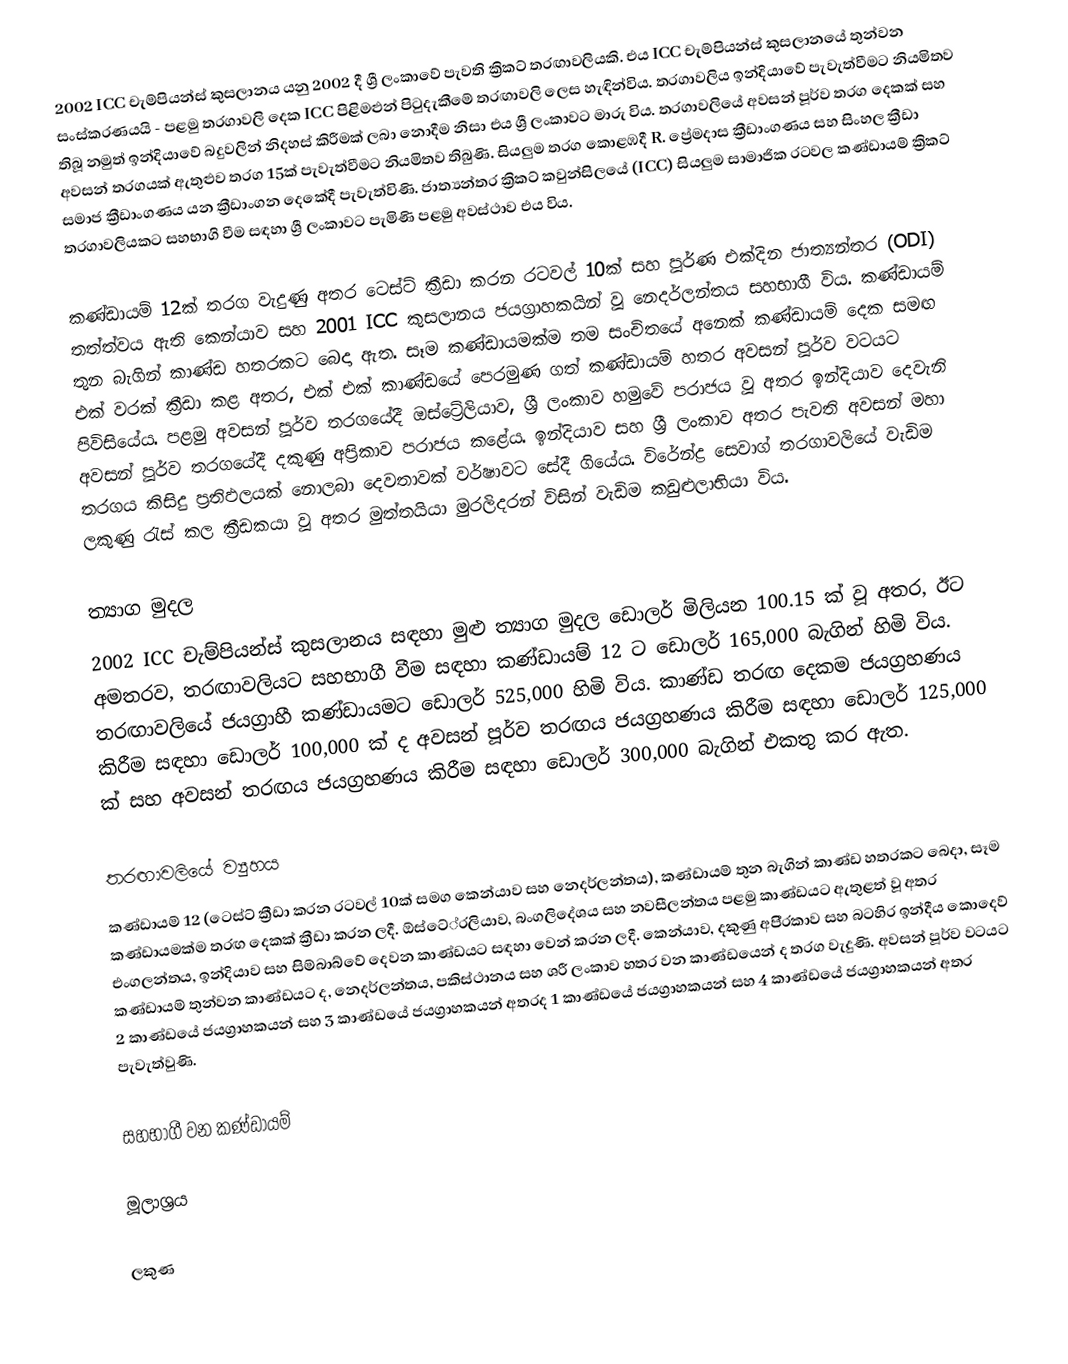
2002 ICC චැම්පියන්ස් කුසලානය යනු 2002 දී ශ්‍රී ලංකාවේ පැවති ක්‍රිකට් තරඟාවලියකි. එය ICC චැම්පියන්ස් කුසලානයේ තුන්වන සංස්කරණයයි - පළමු තරගාවලි දෙක ICC පිළිමළුන් පිටුදැකීමේ තරඟාවලි ලෙස හැඳින්විය. තරගාවලිය ඉන්දියාවේ පැවැත්වීමට නියමිතව තිබූ නමුත් ඉන්දියාවේ බදුවලින් නිදහස් කිරීමක් ලබා නොදීම නිසා එය ශ්‍රී ලංකාවට මාරු විය. තරගාවලියේ අවසන් පූර්ව තරග දෙකක් සහ අවසන් තරගයක් ඇතුළුව තරග 15ක් පැවැත්වීමට නියමිතව තිබුණි. සියලුම තරග කොළඹදී R. ප්‍රේමදාස ක්‍රීඩාංගණය සහ සිංහල ක්‍රීඩා සමාජ ක්‍රීඩාංගණය යන ක්‍රීඩාංගන දෙකේදී පැවැත්විණි. ජාත්‍යන්තර ක්‍රිකට් කවුන්සිලයේ (ICC) සියලුම සාමාජික රටවල කණ්ඩායම් ක්‍රිකට් තරගාවලියකට සහභාගි වීම සඳහා ශ්‍රී ලංකාවට පැමිණි පළමු අවස්ථාව එය විය.

කණ්ඩායම් 12ක් තරග වැදුණු අතර ටෙස්ට් ක්‍රීඩා කරන රටවල් 10ක් සහ පූර්ණ එක්දින ජාත්‍යන්තර (ODI) තත්ත්වය ඇති කෙන්යාව සහ 2001 ICC කුසලානය ජයග්‍රාහකයින් වූ නෙදර්ලන්තය සහභාගී විය. කණ්ඩායම් තුන බැගින් කාණ්ඩ හතරකට බෙදා ඇත. සෑම කණ්ඩායමක්ම තම සංචිතයේ අනෙක් කණ්ඩායම් දෙක සමඟ එක් වරක් ක්‍රීඩා කළ අතර, එක් එක් කාණ්ඩයේ පෙරමුණ ගත් කණ්ඩායම් හතර අවසන් පූර්ව වටයට පිවිසියේය. පළමු අවසන් පූර්ව තරගයේදී ඔස්ට්‍රේලියාව, ශ්‍රී ලංකාව හමුවේ පරාජය වූ අතර ඉන්දියාව දෙවැනි අවසන් පූර්ව තරගයේදී දකුණු අප්‍රිකාව පරාජය කළේය. ඉන්දියාව සහ ශ්‍රී ලංකාව අතර පැවති අවසන් මහා තරගය කිසිදු ප්‍රතිඵලයක් නොලබා දෙවතාවක් වර්ෂාවට සේදී ගියේය. විරේන්ද්‍ර සෙවාග් තරගාවලියේ වැඩිම ලකුණු රැස් කල ක්‍රීඩකයා වූ අතර මුත්තයියා මුරලිදරන් විසින් වැඩිම කඩුළුලාභියා විය.

ත්‍යාග මුදල
2002 ICC චැම්පියන්ස් කුසලානය සඳහා මුළු ත්‍යාග මුදල ඩොලර් මිලියන 100.15 ක් වූ අතර, ඊට අමතරව, තරඟාවලියට සහභාගී වීම සඳහා කණ්ඩායම් 12 ට ඩොලර් 165,000 බැගින් හිමි විය. තරඟාවලියේ ජයග්‍රාහී කණ්ඩායමට ඩොලර් 525,000 හිමි විය. කාණ්ඩ තරඟ දෙකම ජයග්‍රහණය කිරීම සඳහා ඩොලර් 100,000 ක් ද අවසන් පූර්ව තරඟය ජයග්‍රහණය කිරීම සඳහා ඩොලර් 125,000 ක් සහ අවසන් තරඟය ජයග්‍රහණය කිරීම සඳහා ඩොලර් 300,000 බැගින් එකතු කර ඇත.

තරඟාවලියේ ව්‍යුහය
කණ්ඩායම් 12 (ටෙස්ට් ක්‍රීඩා කරන රටවල් 10ක් සමග කෙන්යාව සහ නෙදර්ලන්තය), කණ්ඩායම් තුන බැගින් කාණ්ඩ හතරකට බෙදා, සෑම කණ්ඩායමක්ම තරඟ දෙකක් ක්‍රීඩා කරන ලදී. ඕස්ටේ‍්‍රලියාව, බංගලිදේශය සහ නවසීලන්තය පළමු කාණ්ඩයට ඇතුළත් වූ අතර එංගලන්තය, ඉන්දියාව සහ සිම්බාබ්වේ දෙවන කාණ්ඩයට සඳහා වෙන් කරන ලදී. කෙන්යාව, දකුණු අපි‍්‍රකාව සහ බටහිර ඉන්දීය කොදෙව් කණ්ඩායම් තුන්වන කාණ්ඩයට ද, නෙදර්ලන්තය, පකිස්ථානය සහ ශ‍්‍රී ලංකාව හතර වන කාණ්ඩයෙන් ද තරග වැදුණි. අවසන් පූර්ව වටයට 2 කාණ්ඩයේ ජයග්‍රාහකයන් සහ 3 කාණ්ඩයේ ජයග්‍රාහකයන් අතරද 1 කාණ්ඩයේ ජයග්‍රාහකයන් සහ 4 කාණ්ඩයේ ජයග්‍රාහකයන් අතර පැවැත්වුණි.

සහභාගී වන කණ්ඩායම්

මූලාශ්‍රය

ලකුණ